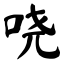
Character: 哓